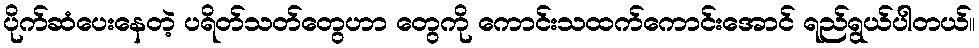
ပိုက်ဆံပေးနေတဲ့ ပရိတ်သတ်တွေဟာ တွေကို ကောင်းသထက်ကောင်းအောင် ရည်ရွယ်ပါတယ်။